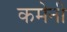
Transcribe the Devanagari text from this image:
कमेनी